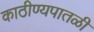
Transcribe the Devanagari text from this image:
काठीण्यपातळी